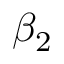
{ \beta } _ { 2 }